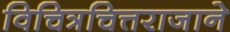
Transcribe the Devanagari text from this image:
विचित्रचित्तराजाने